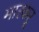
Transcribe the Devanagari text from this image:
मारकर्